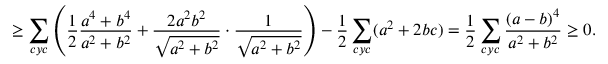
\geq \sum _ { c y c } \left( \frac { 1 } { 2 } \frac { a ^ { 4 } + b ^ { 4 } } { a ^ { 2 } + b ^ { 2 } } + \frac { 2 a ^ { 2 } b ^ { 2 } } { \sqrt { a ^ { 2 } + b ^ { 2 } } } \cdot \frac { 1 } { \sqrt { a ^ { 2 } + b ^ { 2 } } } \right) - \frac { 1 } { 2 } \sum _ { c y c } ( a ^ { 2 } + 2 b c ) = \frac { 1 } { 2 } \sum _ { c y c } \frac { ( a - b ) ^ { 4 } } { a ^ { 2 } + b ^ { 2 } } \geq 0 .